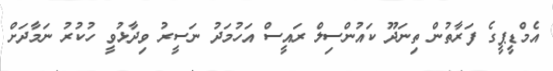
އެމްޑީޕީގެ ފަރާތުން ތިނަދޫ ކައުންސިލް ރައީސް އަހުމަދު ނަސީރު ވިދާޅުވީ ހުކުރު ނަމާދަށް